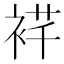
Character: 𬡙